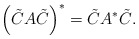
\begin{align*}\left(\tilde{C}A\tilde{C}\right)^{*}=\tilde{C}A^{*}\tilde{C}.\end{align*}